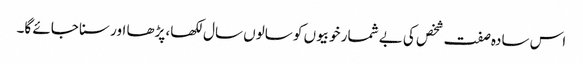
اس سادہ صفت شخص کی بے شمار خوبیوں کو سالوں سال لکھا، پڑھا اور سنا جائے گا۔